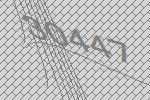
30447